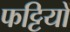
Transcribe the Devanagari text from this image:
फट्टियों